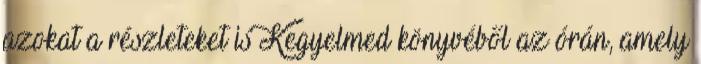
azokat a részleteket is Kegyelmed könyvéből az órán, amely